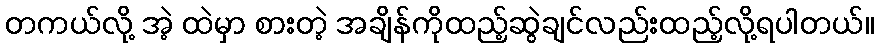
တကယ်လို့ အဲ့ ထဲမှာ စားတဲ့ အချိန်ကိုထည့်ဆွဲချင်လည်းထည့်လို့ရပါတယ်။